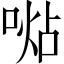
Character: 𠸞